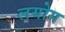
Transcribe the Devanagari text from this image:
लयोग